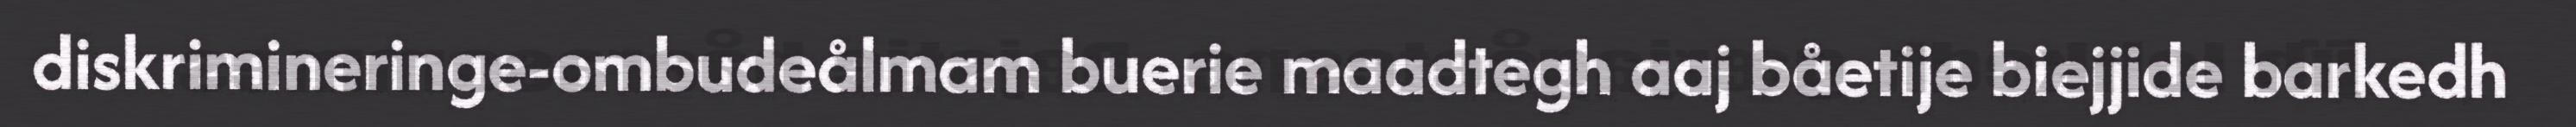
diskrimineringe-ombudeålmam buerie maadtegh aaj båetije biejjide barkedh